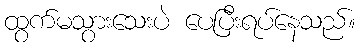
ထွက်မသွားသေးပဲ ပေပြီးရပ်နေသည်။